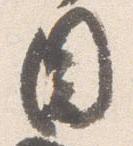
目